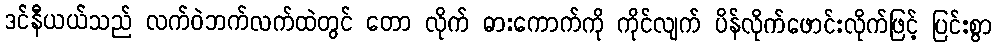
ဒင်နီယယ်သည် လက်ဝဲဘက်လက်ထဲတွင် တော လိုက် ဓားကောက်ကို ကိုင်လျက် ပိန်လိုက်ဖောင်းလိုက်ဖြင့် ပြင်းစွာ